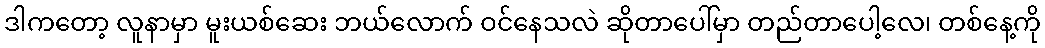
ဒါကတော့ လူနာမှာ မူးယစ်ဆေး ဘယ်လောက် ဝင်နေသလဲ ဆိုတာပေါ်မှာ တည်တာပေါ့လေ၊ တစ်နေ့ကို